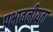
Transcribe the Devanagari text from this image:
प्रभावनीयता